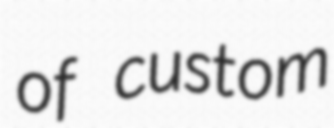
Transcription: of custom